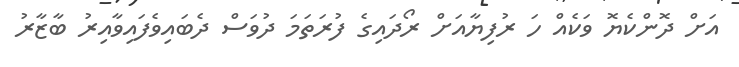
އަށް ދޮންކެޔޮ ވަކެއް ހަ ރުފިޔާއަށް ރޯދައިގެ ފުރަތަމަ ދުވަސް ދެބައިވެފައިވާއިރު ބާޒާރު